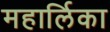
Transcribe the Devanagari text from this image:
महार्लिका